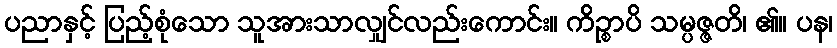
ပညာနှင့် ပြည့်စုံသော သူအားသာလျှင်လည်းကောင်း။ ကိဉ္စာပိ သမ္ပဇ္ဇတိ၊ ၏။ ပန၊